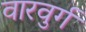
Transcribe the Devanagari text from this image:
वारवुर्ग